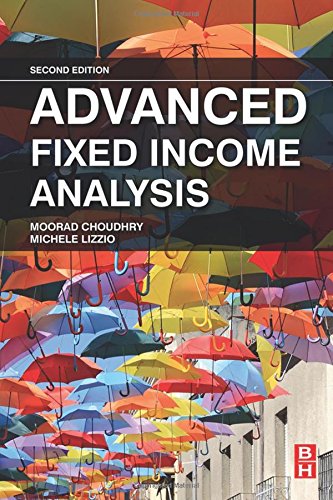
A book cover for Advanced Fixed Income Analysis, Second Edition; Moorad Choudhry; Business & Money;